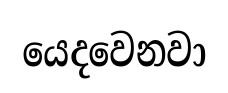
යෙදවෙනවා